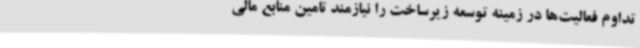
تداوم فعالیت‌ها در زمینه توسعه زیرساخت را نیازمند تامین منابع مالی